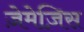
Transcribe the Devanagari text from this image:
ज़ेमेज़िस